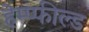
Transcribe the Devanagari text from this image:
हेम्प्फील्ड